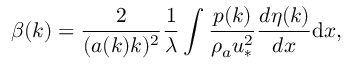
\beta ( k ) = \frac { 2 } { ( a ( k ) k ) ^ { 2 } } \frac { 1 } { \lambda } \int \frac { p ( k ) } { \rho _ { a } u _ { * } ^ { 2 } } \frac { d \eta ( k ) } { d x } \mathrm { d } x ,